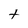
Character: t